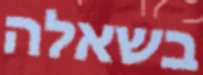
בשאלה